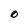
Character: O